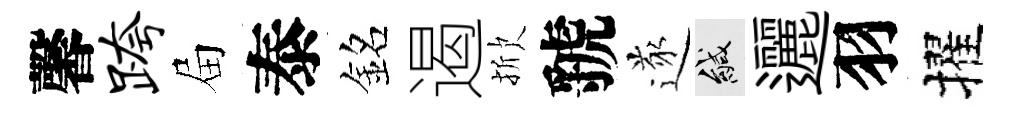
馨跨屇泰銘遏掀虢遂緘邐羽擢